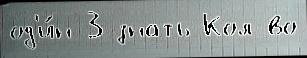
од'и́н 3 знать Кол-во